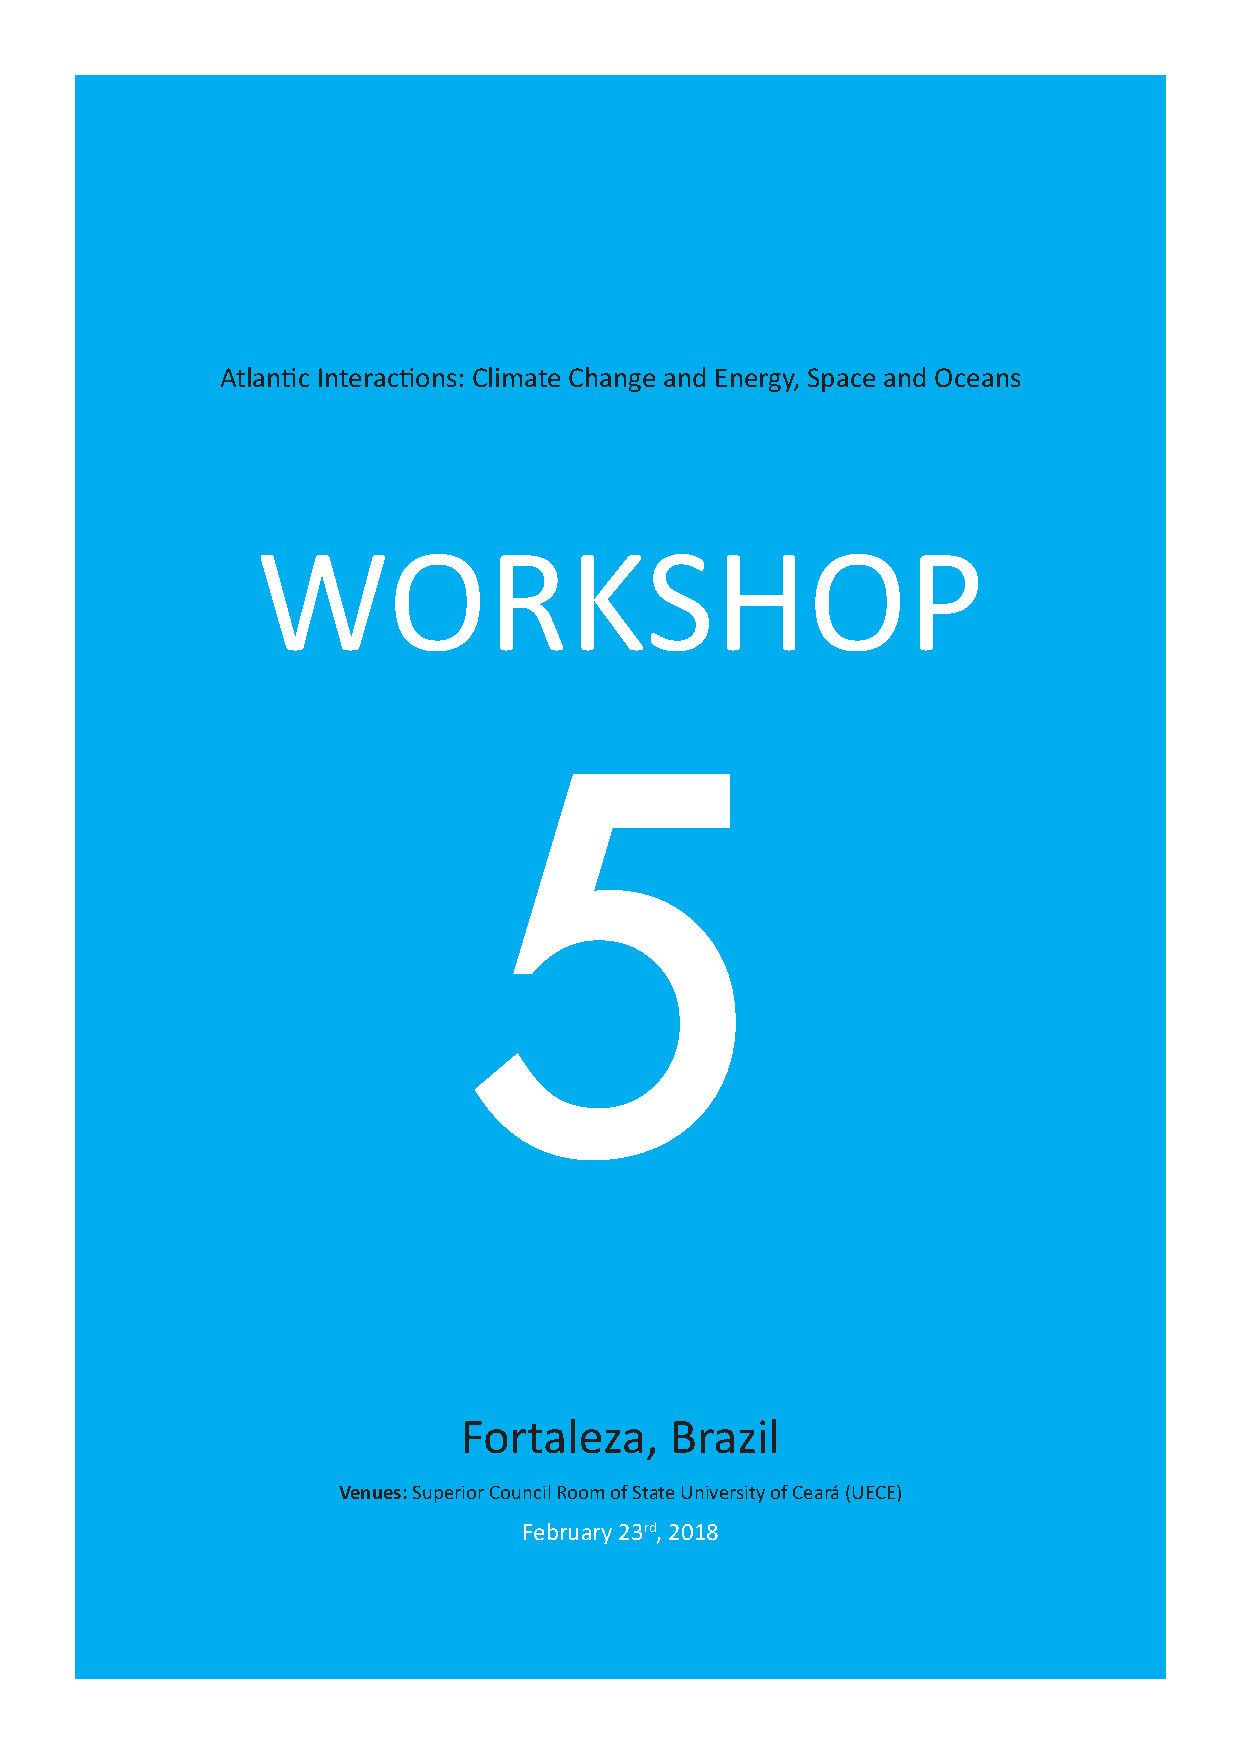
Atlantic Interactions: Climate Change and Energy, Space and Oceans
 WORKSHOP
 5
 Fortaleza,    Brazil
 Venues:Superior Council Room of State University of Ceará (UECE)
 February 23rd, 2018